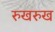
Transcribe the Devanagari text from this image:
रुखरुख